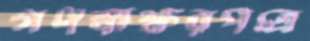
গণস্বাক্ষরপত্রে